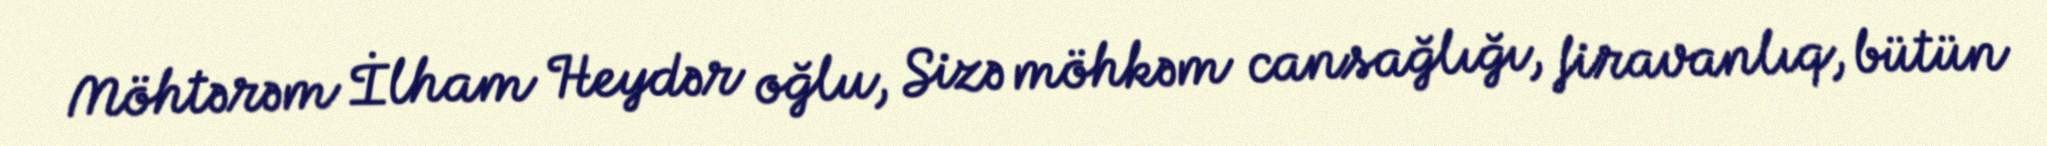
Möhtərəm İlham Heydər oğlu, Sizə möhkəm cansağlığı, firavanlıq, bütün